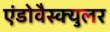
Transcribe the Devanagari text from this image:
एंडोवैस्क्युलर